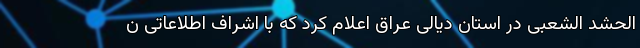
الحشد الشعبی در استان دیالی عراق اعلام کرد که با اشراف اطلاعاتی ن